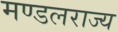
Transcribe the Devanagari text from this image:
मण्डलराज्य